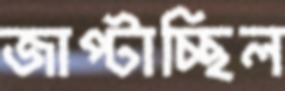
জাপ্‌টাচ্ছিল